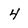
Character: 4